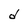
Character: d